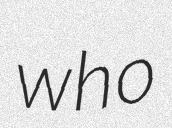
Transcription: who